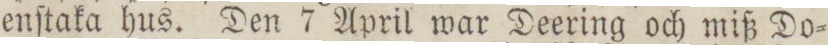
enſtaka hus. Den 7 April war Deering och miß Do=